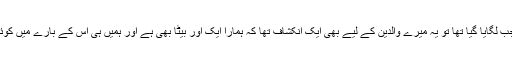
جواب: یہ الزام جب لگایا گیا تھا تو یہ میرے والدین کے لیے بھی ایک انکشاف تھا کہ ہمارا ایک اور بیٹا بھی ہے اور ہمیں ہی اس کے بارے میں کوئی خبر نہیں ہے۔